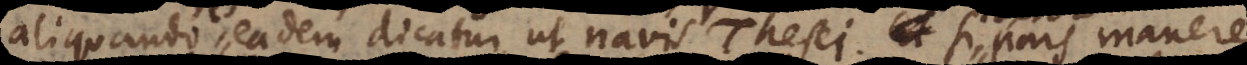
aliquando eadem dicatur, ut navis Thesei. Si pars manere